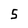
Character: 5